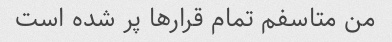
من متاسفم تمام قرارها پر شده است